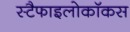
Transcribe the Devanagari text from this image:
स्टैफाइलोकॉकस